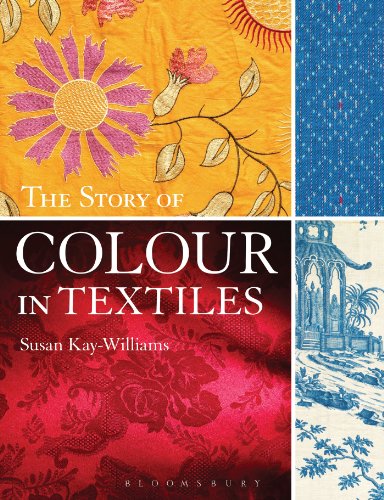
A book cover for The Story of Colour in Textiles; Susan Kay-Williams; Crafts, Hobbies & Home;